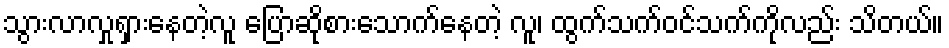
သွားလာလှုရှားနေတဲ့လူ ပြောဆိုစားသောက်နေတဲ့ လူ၊ ထွက်သက်ဝင်သက်ကိုလည်း သိတယ်။